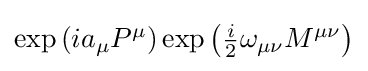
{\textstyle \exp \left(ia_{\mu }P^{\mu }\right)\exp \left({\frac {i}{2}}\omega _{\mu \nu }M^{\mu \nu }\right)}